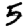
Digit: 5